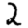
Digit: 2